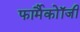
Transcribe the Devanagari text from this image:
फार्मैकोॉजी